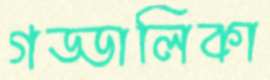
গড্ডালিকা